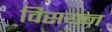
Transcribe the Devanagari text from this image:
विसयन